NAE_eestikeelseid_kaarte, lk 1
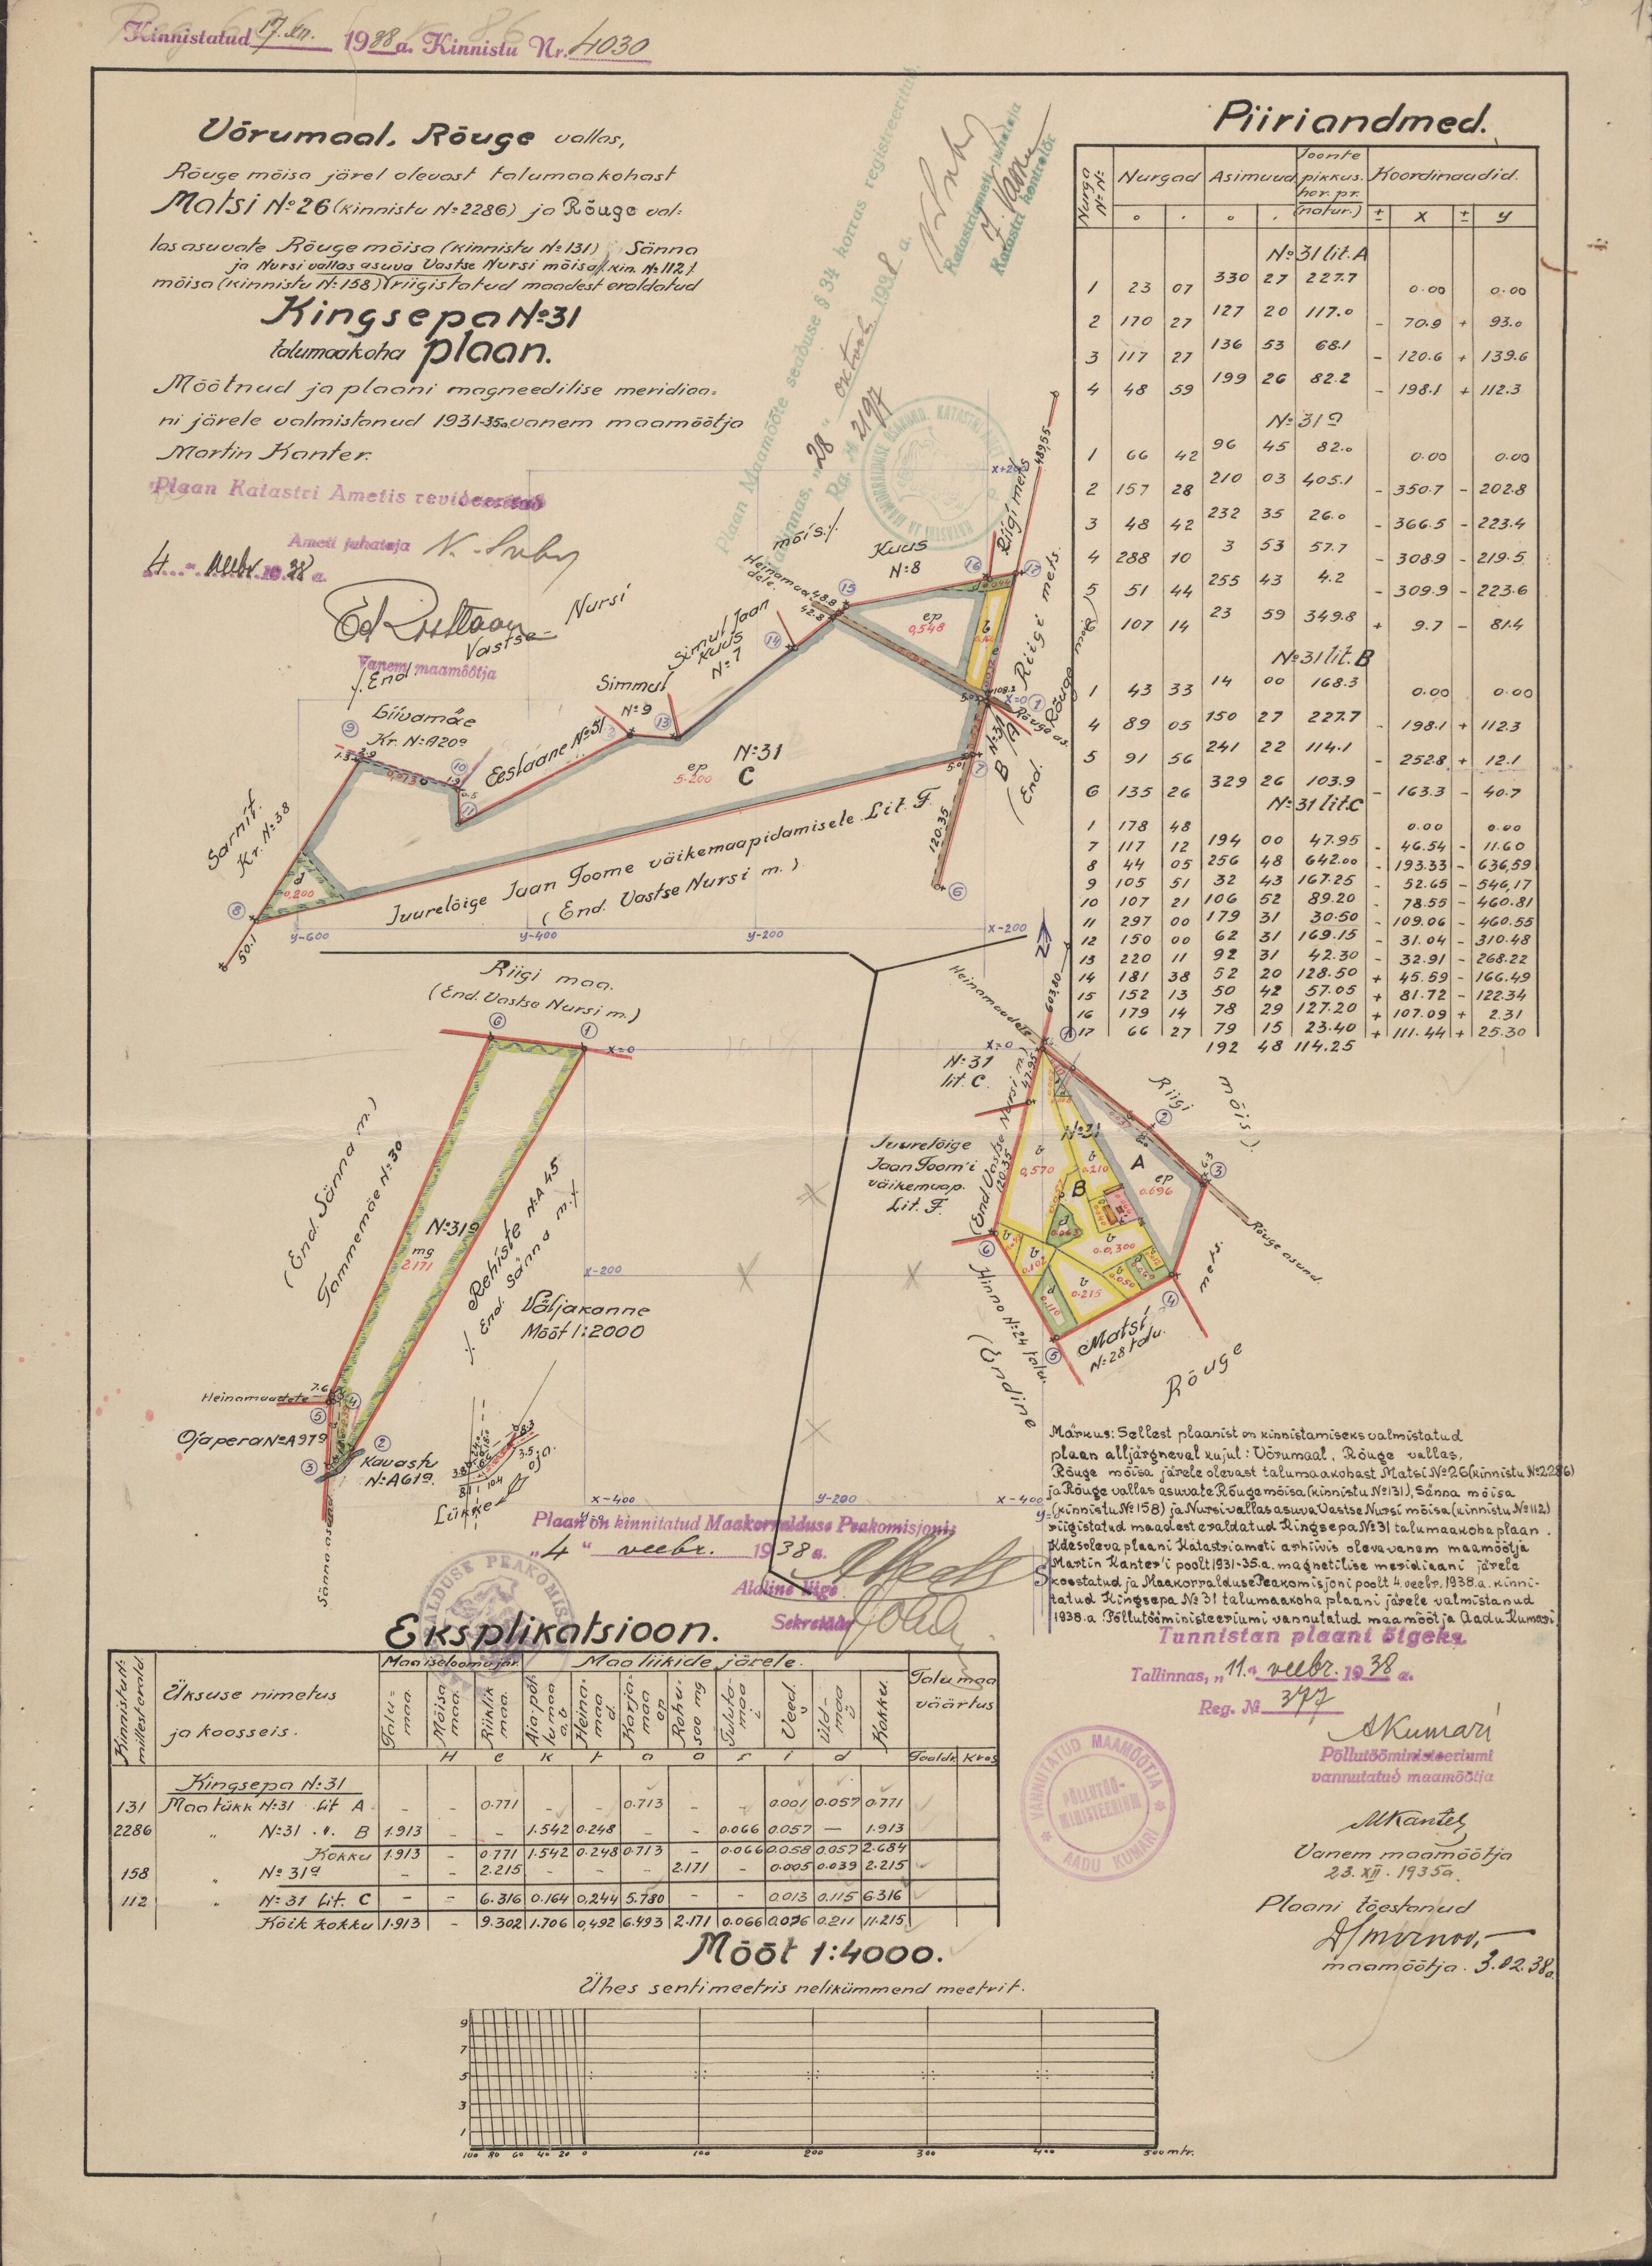
Kinnistatud 17. XII. 1938 a. Kinnistu Nr. 4030
Piiriandmed.
Võrumaal, Rõuge vallas,
Joonte
Rõuge mõisa järel olevast talumaakohast
Matsi No: 26 (kinnistu No: 2286) ja Rõuge val-
X
Y
las asuvate Rõuge mõisa (kinnistu No: 131) Sänna
ja Nursi vallas asuva Vastse Nursi mõisa /kin. No: 112/
mõisa (kinnistu N:158) riigistatud maadest eraldatud
Kingsepa No: 31
talumaakoha plaan.
Mõõtnud ja plaani magneedilise meridiaa-
ni järele valmistanud 1931-35a. vanem maamõõtja
Martin Kanter.
Plaan Katastri Ametis revideeritud
Juurelõige
Jaan Toom'i
väikemaap.
Lit. F.
Väljakanne
Mõõt 1:2000
Märkus: Sellest plaasist on kinnistamiseks valmistatud
Ojapera No: 97a
plaan alljärgneval kujul: Võrumaal, Rõuge vallas
Rõuge mõisa järele olevast talumaakohast Matsi N:26 (kinnistu No.2286)
ja Rõuge vallas asuvate Rõuge mõisa (kinnistu No: 131), Sänna mõisa
(kinnistu No: 158) ja Nursi vallas asuva Vastse Nursi mõisa (kinnistu No: 112
Plaan ön kinnitatud Maakorralduse Peakomisjonis
riigistatud maadest eraldatud Kingsepa No: 31 talumaakoha plaan
Käesoleva plaani Katastriameti arhiivis oleva vanem maamöötja
Martin Kanter'i poolt 1931-35a. magnetilise meridiaani järele
koostatud ja Maakorralduse Peakomisjoni poolt 4. veebr. 1938. a. kinni
tatud Kingsepa No: 31 talumaakoha plaani järele valmistanud
1938. a. Põllutööministeeriumi vannutatud maamõõtja Aadu Kumari
Tunnistan plaani õigeks.
Eksplikatsioon.
Maa iseloomu jär.
Maaliikide järele
Tallinnas, "11" veebr. 1938a.
Talumaa
Üksuse nimetus
väärtus
ja koosseis.
AKumari
Põllutööministeeriumi
vannudatud maamõõtja
Kingsepa No: 31
Maa tükk No:31 Lit A
Vanem maamõõtja.
23.XII. 1935a.
Plaani tõestanud
Mööt 1:4000.
maamõõtja. 3.02.38a
Ühes sentimeetris nelikümmend meetrit